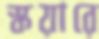
স্কয়ারে